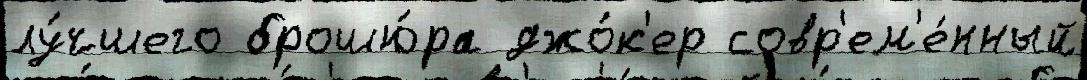
лу́чшего брошю́ра джо́к'ер совр'ем'е́нный